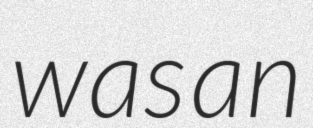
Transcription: was an